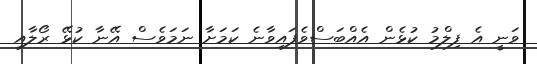
ވަނީ އެ ފިލްމު ކުޅެން އެއްބަސްވެފައިވާނެ ކަމަށާ ނަމަވެސް އޭނާ ކުޅޭ ރޯލާއި